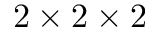
2 \times 2 \times 2